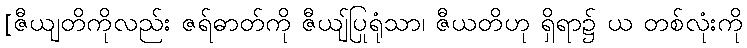
[ဇီယျတိကိုလည်း ဇရ်ဓာတ်ကို ဇီယျ်ပြုရုံသာ၊ ဇီယတိဟု ရှိရာ၌ ယ တစ်လုံးကို